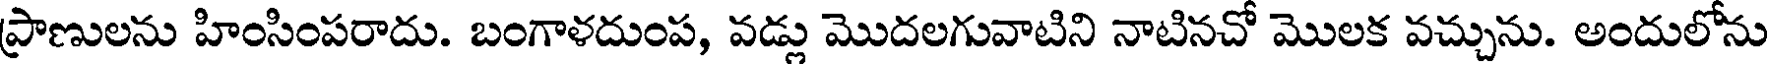
ప్రాణులను హింసింపరాదు. బంగాళదుంప, వడ్లు మొదలగువాటిని నాటినచో మొలక వచ్చును. అందులోను